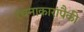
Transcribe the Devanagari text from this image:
रचनाकारांपैकी